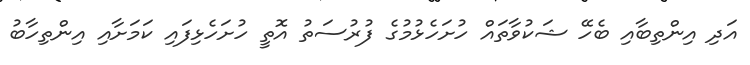
އަދި އިންތިބާއި ބެހޭ ޝަކުވާތައް ހުށަހެޅުމުގެ ފުރުސަތު އޮތީ ހުށަހެޅިފައި ކަމަށާއި އިންތިހާބު